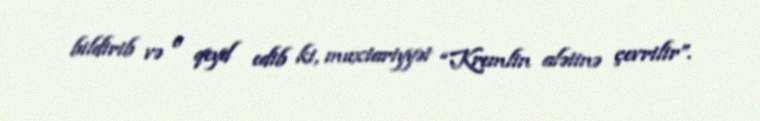
bildirib və o qeyd edib ki, muxtariyyət “Kremlin alətinə çevrilir”.